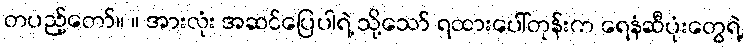
တပည့်တော်။ ။ အားလုံး အဆင်ပြေပါရဲ့ သို့သော် ရထားပေါ်တုန်းက ရေနံဆီပုံးတွေရဲ့